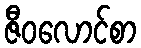
ဇီဝလောင်စာ